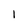
Character: 1